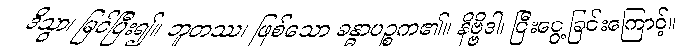
ဒိသွာ၊ မြင်ပြီး၍။ ဘူတဿ၊ ဖြစ်သော ခန္ဓာပဉ္စက၏။ နိဗ္ဗိဒါ၊ ငြီးငွေ့ခြင်းကြောင့်။